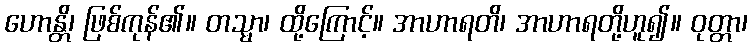
ဟောန္တိ၊ ဖြစ်ကုန်၏။ တသ္မာ၊ ထို့ကြောင့်။ အာဟာရတိ၊ အာဟာရတို့ဟူ၍။ ဝုတ္တာ၊